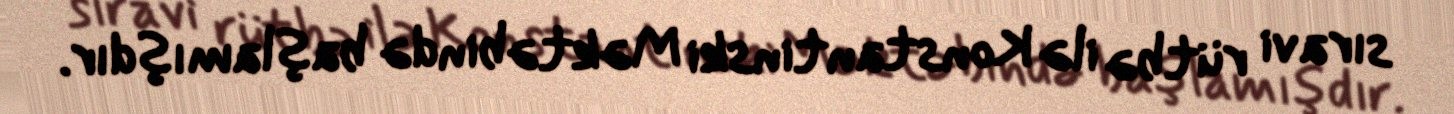
sıravi rütbə ilə Konstantinski Məktəbində başlamışdır.